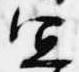
宜